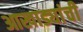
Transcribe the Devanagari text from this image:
आखाड्यांची